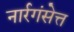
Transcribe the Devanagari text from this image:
नार्रगंसेत्त